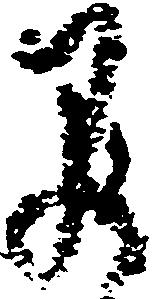
早